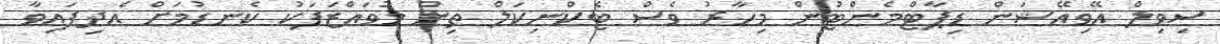
ސިވިލް އޭވިއޭޝަން ޑިޕާޓްމެންޓުން މިހާރު ވެސް ޓެކްނިކަލް ތިން މުވައްޒަފަކު ކެނޑުމަށް އެދިފައިވާ